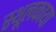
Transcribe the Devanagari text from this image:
स्थूलकाया